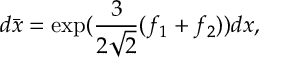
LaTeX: d \bar { x } = \exp ( \frac { 3 } { 2 \sqrt { 2 } } ( f _ { 1 } + f _ { 2 } ) ) d x ,